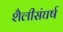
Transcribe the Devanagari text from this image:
शैलीसंघर्ष